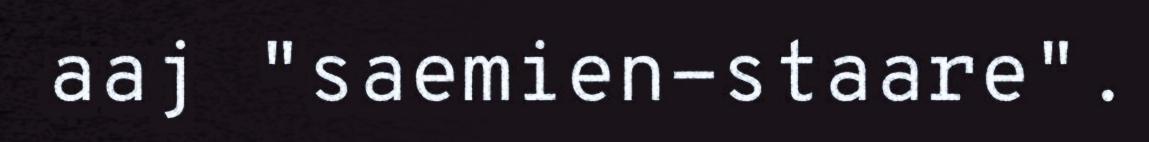
aaj "saemien-staare".